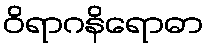
ဝိရာဂနိရောဓာ